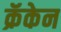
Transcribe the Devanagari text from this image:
क्रॅकेन